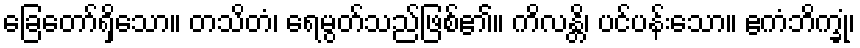
ခြေတော်ရှိသော။ တသိတံ၊ ရေမွတ်သည်ဖြစ်၏။ ကိလန္တိ၊ ပင်ပန်းသော။ ဧကံဘိက္ခုံ၊